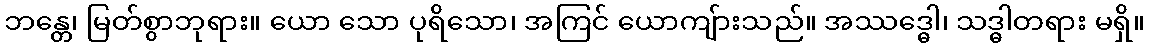
ဘန္တေ၊ မြတ်စွာဘုရား။ ယော သော ပုရိသော၊ အကြင် ယောကျ်ားသည်။ အဿဒ္ဓေါ၊ သဒ္ဓါတရား မရှိ။